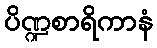
ပိဏ္ဍစာရိကာနံ